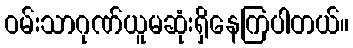
ဝမ်းသာဂုဏ်ယူမဆုံးရှိနေကြပါတယ်။